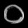
Digit: ၀